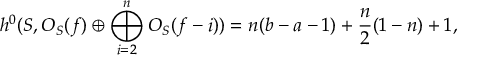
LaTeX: h ^ { 0 } ( { \cal S } , { \cal O } _ { \cal S } ( f ) \oplus \bigoplus _ { i = 2 } ^ { n } { \cal O } _ { \cal S } ( f - i ) ) = n ( b - a - 1 ) + \frac { n } { 2 } ( 1 - n ) + 1 ,